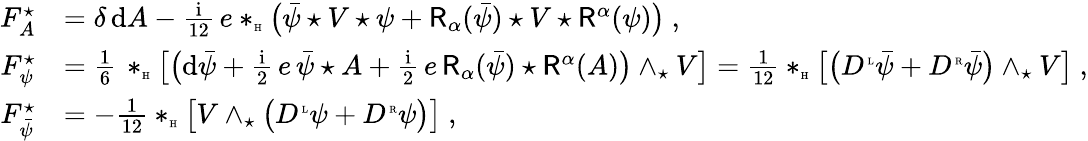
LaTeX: \begin{array}{rl}{F_{A}^{\star}}&{=\delta\, \mathrm{d}A-\frac{{\mathrm{i}}}{12}\, e\ast_{\textrm{\tiny H}}\big(\bar{\psi}\star V\star\psi+\mathsf{R}_{\alpha}(\bar{\psi})\star V\star\mathsf{R}^{\alpha}(\psi)\big)\ ,}\\ {F_{\psi}^{\star}}&{=\frac 16\, \ast_{\textrm{\tiny H}}\big[\big(\mathrm{d}\bar{\psi}+\frac{{\mathrm{i}}}{2}\, e\, \bar{\psi}\star A+\frac{{\mathrm{i}}}{2}\, e\, \mathsf{R}_{\alpha}(\bar{\psi})\star\mathsf{R}^{\alpha}(A)\big)\wedge_{\star}V\big]=\frac{1}{12}\ast_{\textrm{\tiny H}}\big[\big(D^{\mathrm{\tiny~L}}\bar{\psi}+D^{\mathrm{\tiny~R}}\bar{\psi}\big)\wedge_{\star}V\big]\ ,}\\ {F_{\bar{\psi}}^{\star}}&{=-\frac{1}{12}\ast_{\textrm{\tiny H}}\big[V\wedge_{\star}\big(D^{\mathrm{\tiny~L}}\psi+D^{\mathrm{\tiny~R}}\psi\big)\big]\ ,}\end{array}